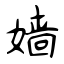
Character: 嫱